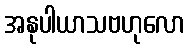
အနုပါယာသဗဟုလော